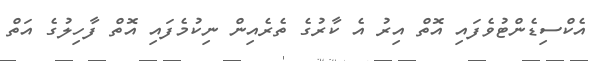
އެކްސިޑެންޓުވެފައި އޮތް އިރު އެ ކާރުގެ ތެރެއިން ނިކުމެފައި އޮތް ފާހިލުގެ އަތް